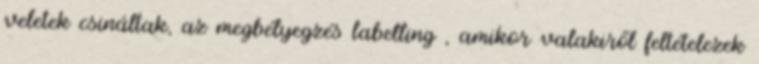
veletek csináltak, az megbélyegzés labelling , amikor valakiről feltételezek